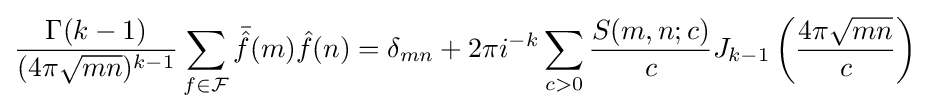
{\frac {\Gamma (k-1)}{(4\pi {\sqrt {mn}})^{k-1}}}\sum _{f\in {\mathcal {F}}}{\bar {\hat {f}}}(m){\hat {f}}(n)=\delta _{mn}+2\pi i^{-k}\sum _{c>0}{\frac {S(m,n;c)}{c}}J_{k-1}\left({\frac {4\pi {\sqrt {mn}}}{c}}\right)